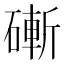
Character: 𥕌